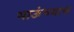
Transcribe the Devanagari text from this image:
भाऊंच्याच